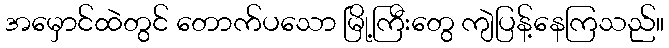
အမှောင်ထဲတွင် တောက်ပသော မြို့ကြီးတွေ ကျဲပြန့်နေကြသည်။